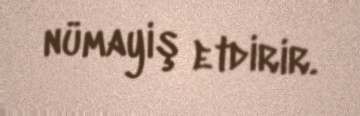
nümayiş etdirir.